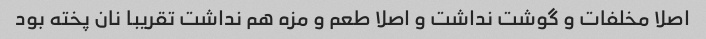
اصلا مخلفات و گوشت نداشت و اصلا طعم و مزه هم نداشت تقریبا نان پخته بود